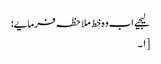
لیجیے اب وہ خط ملاحظہ فرمایے:
[۱۔